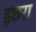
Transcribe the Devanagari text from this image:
इछरा